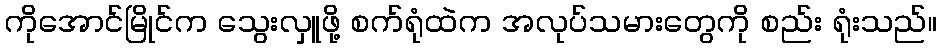
ကိုအောင်မြိုင်က သွေးလှူဖို့ စက်ရုံထဲက အလုပ်သမားတွေကို စည်း ရုံးသည်။